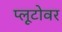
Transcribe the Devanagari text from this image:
प्लूटोवर